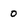
Character: 0